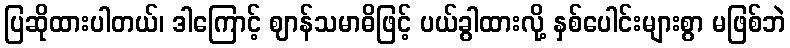
ပြဆိုထားပါတယ်၊ ဒါကြောင့် ဈာန်သမာဓိဖြင့် ပယ်ခွါထားလို့ နှစ်ပေါင်းများစွာ မဖြစ်ဘဲ